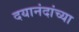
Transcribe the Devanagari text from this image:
दयानंदांच्या